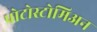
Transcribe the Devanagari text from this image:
प्रोटोस्टोमिअन